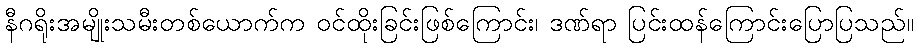
နီဂရိုးအမျိုးသမီးတစ်ယောက်က ဝင်ထိုးခြင်းဖြစ်ကြောင်း၊ ဒဏ်ရာ ပြင်းထန်ကြောင်းပြောပြသည်။